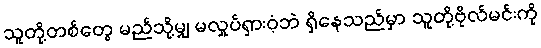
သူတို့တစ်တွေ မည်သို့မျှ မလှုပ်ရှားဝံ့ဘဲ ရှိနေသည်မှာ သူတို့ဗိုလ်မင်းကို